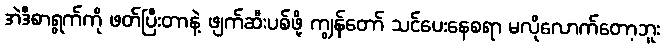
အဲဒီစာရွက်ကို ဖတ်ပြီးတာနဲ့ ဖျက်ဆီးပစ်ဖို့ ကျွန်တော် သင်ပေးနေစရာ မလိုလောက်တော့ဘူး